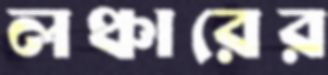
লঞ্চারের